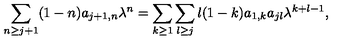
\sum _ { n \geq j + 1 } ( 1 - n ) a _ { j + 1 , n } \lambda ^ { n } = \sum _ { k \geq 1 } \sum _ { l \geq j } l ( 1 - k ) a _ { 1 , k } a _ { j l } \lambda ^ { k + l - 1 } ,